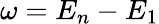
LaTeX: \omega=E_{n}-E_{1}